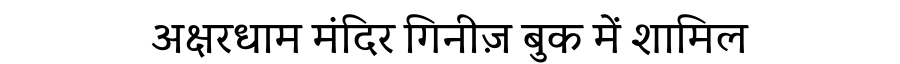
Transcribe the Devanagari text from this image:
अक्षरधाम मंदिर गिनीज़ बुक में शामिल